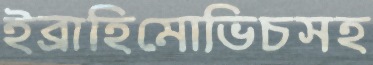
ইব্রাহিমোভিচসহ